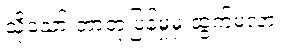
သို့သော် ဘာတုံ့ပြန်မှုမှ ထွက်မလာ။